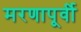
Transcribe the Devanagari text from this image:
मरणापूर्वी